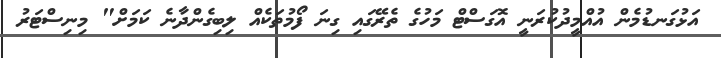
އަޅުގަނޑުމެން އުއްމީދުކުރަނީ އޮގަސްޓް މަހުގެ ތެރޭގައި ގިނަ ފޯމުތަކެއް ލިބިގެންދާނެ ކަމަށް" މިނިސްޓަރު